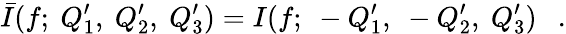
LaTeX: \bar{I}(f;~Q_{1}^{\prime},~Q_{2}^{\prime},~Q_{3}^{\prime})=I(f;~-Q_{1}^{\prime},~-Q_{2}^{\prime},~Q_{3}^{\prime})~~~.